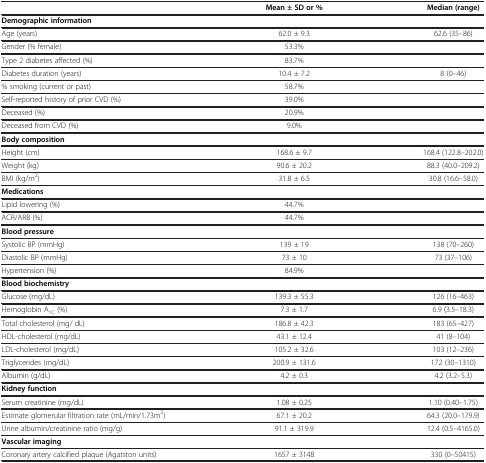
<table><thead><tr><td><b> </b></td><td><b>Mean ± SD or %</b></td><td><b>Median (range)</b></td></tr></thead><tbody><tr><td colspan="3"><b>Demographic information</b></td></tr><tr><td>Age (years)</td><td>62.0 ± 9.3</td><td>62.6 (35–86)</td></tr><tr><td>Gender (% female)</td><td>53.3%</td><td> </td></tr><tr><td>Type 2 diabetes affected (%)</td><td>83.7%</td><td> </td></tr><tr><td>Diabetes duration (years)</td><td>10.4 ± 7.2</td><td>8 (0–46)</td></tr><tr><td>% smoking (current or past)</td><td>58.7%</td><td> </td></tr><tr><td>Self-reported history of prior CVD (%)</td><td>39.0%</td><td> </td></tr><tr><td>Deceased (%)</td><td>20.9%</td><td> </td></tr><tr><td>Deceased from CVD (%)</td><td>9.0%</td><td> </td></tr><tr><td colspan="3"><b>Body composition</b></td></tr><tr><td>Height (cm)</td><td>168.6 ± 9.7</td><td>168.4 (122.8–202.0)</td></tr><tr><td>Weight (kg)</td><td>90.6 ± 20.2</td><td>88.3 (40.0–209.2)</td></tr><tr><td>BMI (kg/m<sup>2</sup>)</td><td>31.8 ± 6.5</td><td>30.8 (16.6–58.0)</td></tr><tr><td colspan="3"><b>Medications</b></td></tr><tr><td>Lipid lowering (%)</td><td>44.7%</td><td> </td></tr><tr><td>ACR/ARB (%)</td><td>44.7%</td><td> </td></tr><tr><td colspan="3"><b>Blood pressure</b></td></tr><tr><td>Systolic BP (mmHg)</td><td>139 ± 19</td><td>138 (70–260)</td></tr><tr><td>Diastolic BP (mmHg)</td><td>73 ± 10</td><td>73 (37–106)</td></tr><tr><td>Hypertension (%)</td><td>84.9%</td><td> </td></tr><tr><td colspan="3"><b>Blood biochemistry</b></td></tr><tr><td>Glucose (mg/dL)</td><td>139.3 ± 55.3</td><td>126 (16–463)</td></tr><tr><td>Hemoglobin A<sub>1C</sub> (%)</td><td>7.3 ± 1.7</td><td>6.9 (3.5–18.3)</td></tr><tr><td>Total cholesterol (mg/ dL)</td><td>186.8 ± 42.3</td><td>183 (65–427)</td></tr><tr><td>HDL-cholesterol (mg/dL)</td><td>43.1 ± 12.4</td><td>41 (8–104)</td></tr><tr><td>LDL-cholesterol (mg/dL)</td><td>105.2 ± 32.6</td><td>103 (12–236)</td></tr><tr><td>Triglycerides (mg/dL)</td><td>200.9 ± 131.6</td><td>172 (30–1310)</td></tr><tr><td>Albumin (g/dL)</td><td>4.2 ± 0.3</td><td>4.2 (3.2–5.3)</td></tr><tr><td colspan="3"><b>Kidney function</b></td></tr><tr><td>Serum creatinine (mg/dL)</td><td>1.08 ± 0.25</td><td>1.10 (0.40–1.75)</td></tr><tr><td>Estimate glomerular filtration rate (mL/min/1.73m<sup>2</sup>)</td><td>67.1 ± 20.2</td><td>64.3 (20.0–179.9)</td></tr><tr><td>Urine albumin/creatinine ratio (mg/g)</td><td>91.1 ± 319.9</td><td>12.4 (0.5–4165.0)</td></tr><tr><td colspan="3"><b>Vascular imaging</b></td></tr><tr><td>Coronary artery calcified plaque (Agatston units)</td><td>1657 ± 3148</td><td>330 (0–50415)</td></tr></tbody></table>